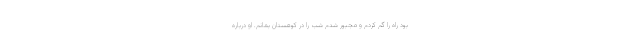
بود راه را گم کردم و مجبور شدم شب را در کوهستان بمانم. او درباره